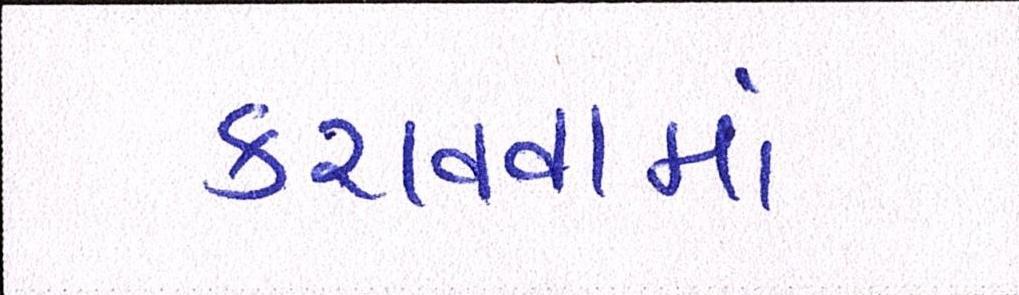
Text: કરાવવામાં